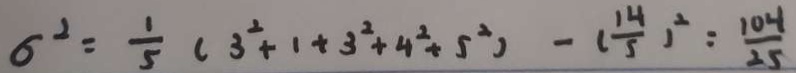
6 ^ { 2 } = \frac { 1 } { 5 } ( 3 ^ { 2 } + 1 + 3 ^ { 2 } + 4 ^ { 2 } + 5 ^ { 2 } ) - ( \frac { 1 4 } { 5 } ) ^ { 2 } = \frac { 1 0 - 1 } { 2 5 }